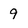
Character: 9